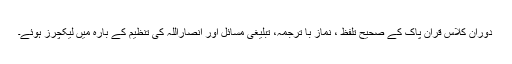
دوران کلاس قرآن پاک کے صحیح تلفظ ، نماز با ترجمہ، تبلیغی مسائل اور انصاراللہ کی تنظیم کے بارہ میں لیکچرز ہوئے۔